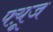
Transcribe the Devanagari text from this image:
फ्य़ूज